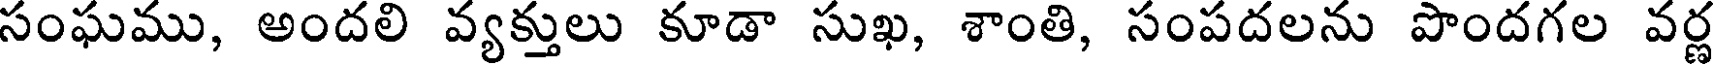
సంఘము, అందలి వ్యక్తులు కూడా సుఖ, శాంతి, సంపదలను పొందగల వర్ణ